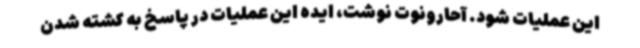
این عملیات شود. آحارونوت نوشت، ایده این عملیات در پاسخ به کشته شدن